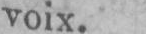
voix.